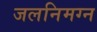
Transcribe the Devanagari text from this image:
जलनिमग्न